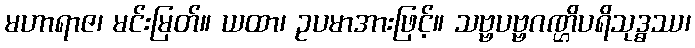
မဟာရာဇ၊ မင်းမြတ်။ ယထာ၊ ဥပမာအားဖြင့်။ သဗ္ဗပဗ္ဗဂဏ္ဌိပရိသုဒ္ဓဿ၊